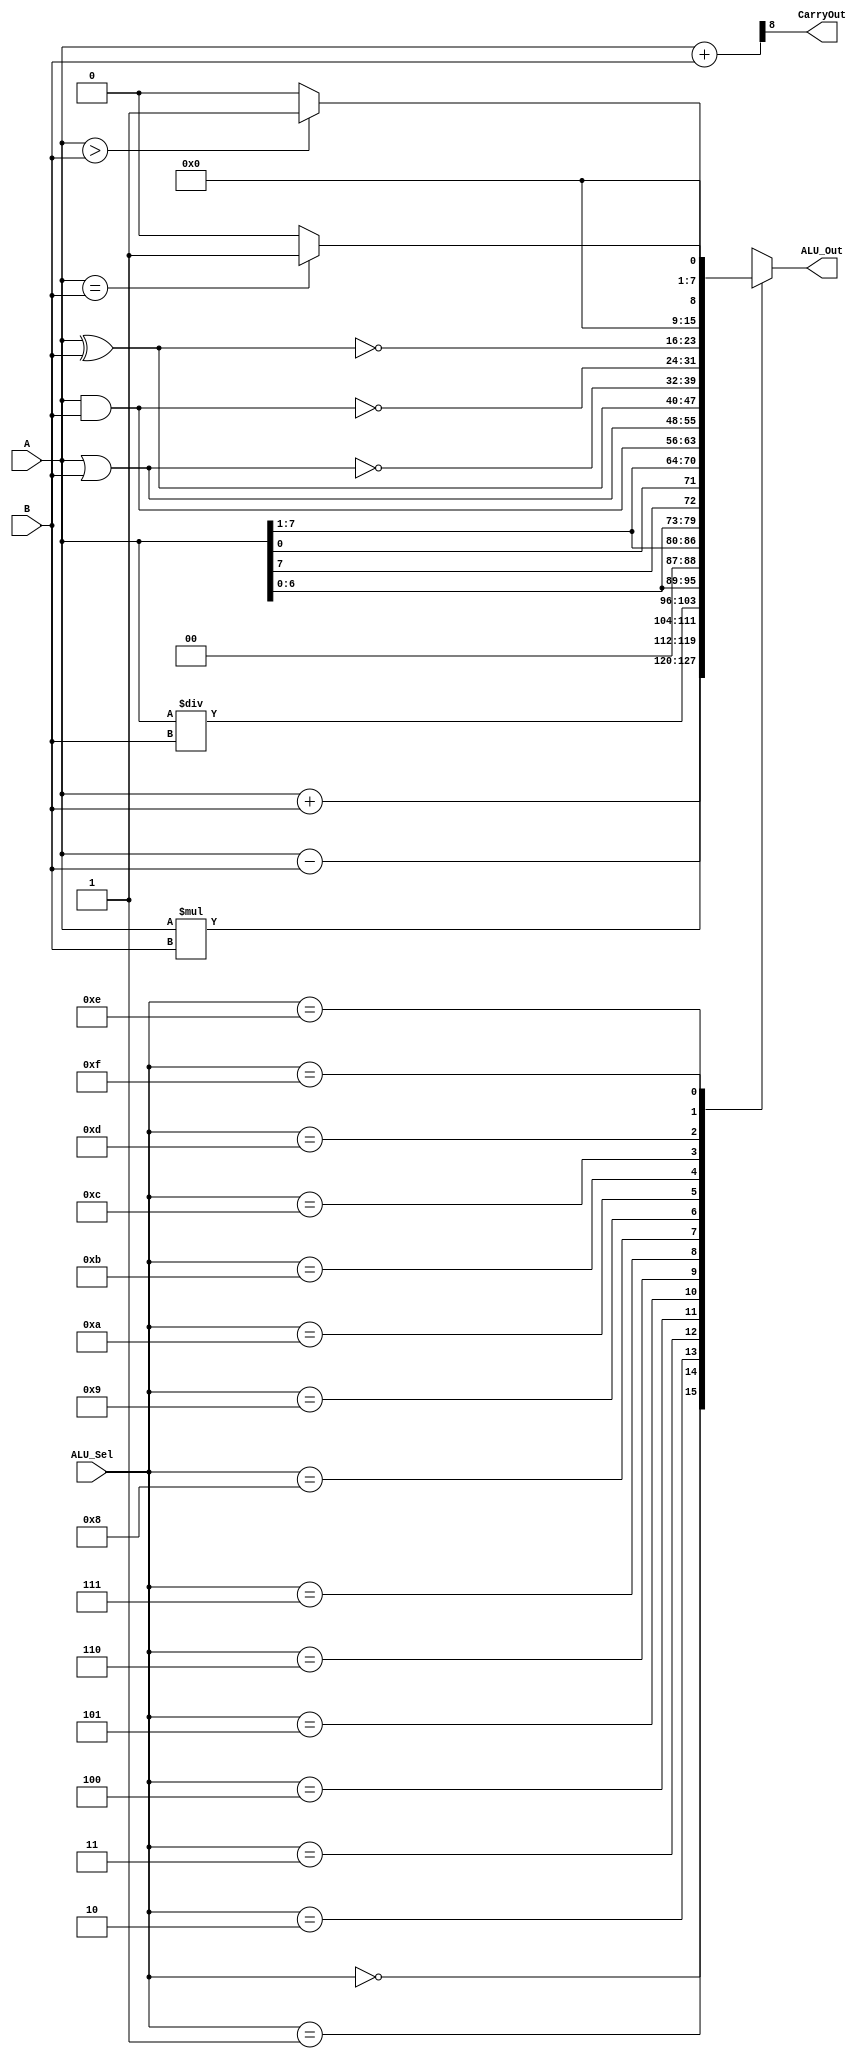
`timescale 1ns / 1ps
//////////////////////////////////////////////////////////////////////////////////
// Company: 
// 
// Design Name: Airthmatic and Logic Unit
// Module Name: alu
// Project Name: 
// Target Devices: 
// Tool Versions: 
// Description: 
// 
// Dependencies: 
// 
// Revision:
// Revision 0.01 - File Created
// Additional Comments:
// 
//////////////////////////////////////////////////////////////////////////////////


module alu(input [7:0] A,B,  // ALU 8-bit Inputs                 
           input [3:0] ALU_Sel,// ALU Selection
           output [7:0] ALU_Out, // ALU 8-bit Output
           output CarryOut // Carry Out Flag
    );
    reg [7:0] ALU_Result;
    wire [8:0] tmp;
    assign ALU_Out = ALU_Result; // ALU out
    assign tmp = {1'b0,A} + {1'b0,B};
    assign CarryOut = tmp[8]; // Carryout flag
    always @(*)
    begin
        case(ALU_Sel)
        4'b0000: // Addition
           ALU_Result = A + B ; 
        4'b0001: // Subtraction
           ALU_Result = A - B ;
        4'b0010: // Multiplication
           ALU_Result = A * B;
        4'b0011: // Division
           ALU_Result = A/B;
        4'b0100: // Logical shift left
           ALU_Result = A<<1;
         4'b0101: // Logical shift right
           ALU_Result = A>>1;
         4'b0110: // Rotate left
           ALU_Result = {A[6:0],A[7]};
         4'b0111: // Rotate right
           ALU_Result = {A[0],A[7:1]};
          4'b1000: //  Logical and 
           ALU_Result = A & B;
          4'b1001: //  Logical or
           ALU_Result = A | B;
          4'b1010: //  Logical xor 
           ALU_Result = A ^ B;
          4'b1011: //  Logical nor
           ALU_Result = ~(A | B);
          4'b1100: // Logical nand 
           ALU_Result = ~(A & B);
          4'b1101: // Logical xnor
           ALU_Result = ~(A ^ B);
          4'b1110: // Greater comparison
           ALU_Result = (A>B)?8'd1:8'd0 ;
          4'b1111: // Equal comparison   
            ALU_Result = (A==B)?8'd1:8'd0 ;
          default: ALU_Result = A + B ; 
        endcase
    end

endmodule